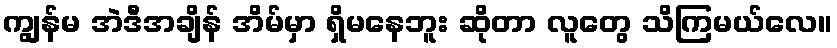
ကျွန်မ အဲဒီအချိန် အိမ်မှာ ရှိမနေဘူး ဆိုတာ လူတွေ သိကြမယ်လေ။